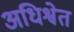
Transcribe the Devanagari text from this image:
अधिश्वेत